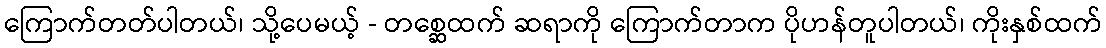
ကြောက်တတ်ပါတယ်၊ သို့ပေမယ့် - တစ္ဆေထက် ဆရာကို ကြောက်တာက ပိုဟန်တူပါတယ်၊ ကိုးနှစ်ထက်